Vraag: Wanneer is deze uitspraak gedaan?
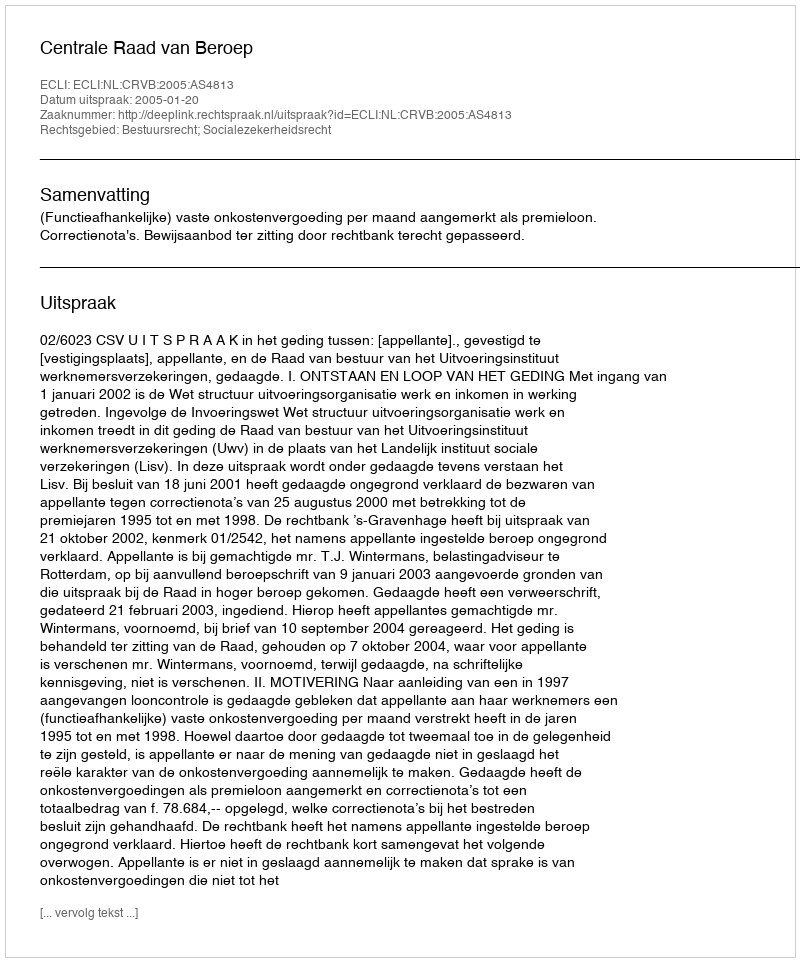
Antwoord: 2005-01-20